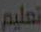
تعليم